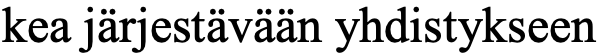
kea järjestävään yhdistykseen